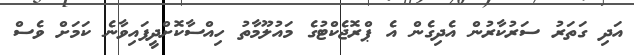
އަދި ގަތަރު ސަރުކާރުން އެދިގެން އެ ޕްރޮޖެކްޓުގެ މައުލޫމާތު ހިއްސާކޮށްދީފައިވާނެ ކަމަށް ވެސް